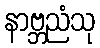
နာဗ္ဘညံသု